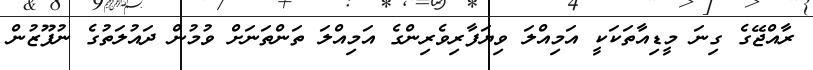
ރާއްޖޭގެ ގިނަ މީޑިއާތަކަކީ އަމިއްލަ ވިޔަފާރިވެރިންގެ އަމިއްލަ ތަންތަނަށް ވުމުން ދައުލަތުގެ ނުފޫޒުން